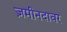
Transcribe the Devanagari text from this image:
ज़मीनदावर